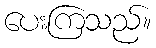
ပေးကြသည်။